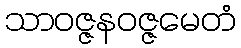
သာဝဇ္ဇနဝဇ္ဇမေတံ